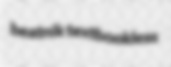
beatnik textbookless